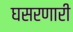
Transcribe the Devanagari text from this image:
घसरणारी